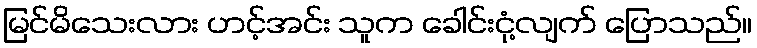
မြင်မိသေးလား ဟင့်အင်း သူက ခေါင်းငုံ့လျက် ပြောသည်။